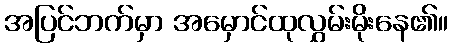
အပြင်ဘက်မှာ အမှောင်ထုလွှမ်းမိုးနေ၏။